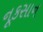
નૂકસાન